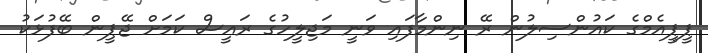
ޕީޕީއެމްގެ ކައުންސިލުން ރޭ ނިންމާފައި ވަނީ މަޖިލީހުގެ ރައީސް ކަމަށް ޖޭޕީން ބޭފުޅަކު